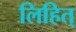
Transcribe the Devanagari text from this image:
लिहित्